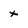
Character: x